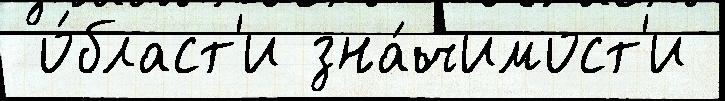
 о́бласт'и зна́чимост'и